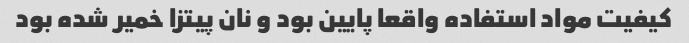
کیفیت مواد استفاده واقعا پایین بود و نان پیتزا خمیر شده بود